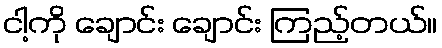
ငါ့ကို ချောင်း ချောင်း ကြည့်တယ်။